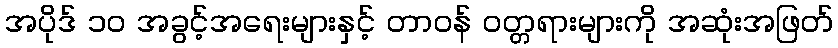
အပိုဒ် ၁၀ အခွင့်အရေးများနှင့် တာဝန် ဝတ္တရားများကို အဆုံးအဖြတ်